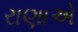
રાણાએ